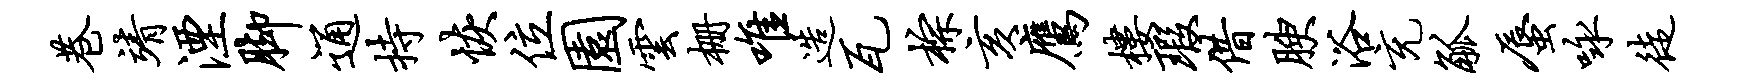
巷靖湮脚通持恢位园云栅唯造瓦棕亥鹰楼瑕借腴浴充觚蜃咏徒